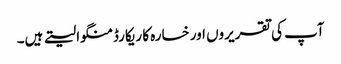
آپ کی تقریروں اور خسارہ کا ریکارڈ منگوا لیتے ہیں۔